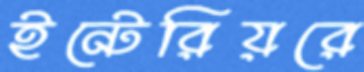
ইন্টেরিয়রে